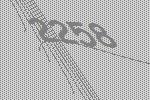
2258